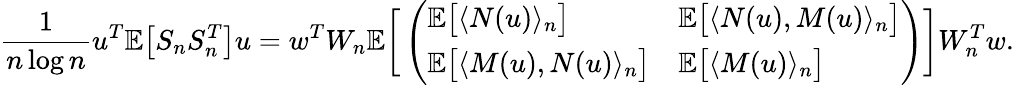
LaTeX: \frac{1}{n\log n}u^{T}\mathbb{E}\big[S_{n}S_{n}^{T}\big]u=w^{T}W_{n}\mathbb{E}\bigg[\left(\begin{array}{ll}{\mathbb{E}\big[\langle N(u)\rangle_{n}\big]}&{\mathbb{E}\big[\langle N(u),M(u)\rangle_{n}\big]}\\ {\mathbb{E}\big[\langle M(u),N(u)\rangle_{n}\big]}&{\mathbb{E}\big[\langle M(u)\rangle_{n}\big]}\end{array}\right)\bigg]W_{n}^{T}w.